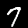
Label: 7